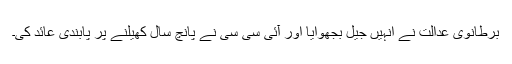
برطانوی عدالت نے انہیں جیل بجھوایا اور آئی سی سی نے پانچ سال کھیلنے پر پابندی عائد کی۔